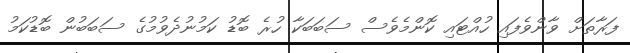
ފަރާތަށް ވާންވެފައި ހުއްޓައި ކޮންމެވެސް ސަބަބަކާ ހުރެ ބޮޑު ކަމުނުދެވުމުގެ ސަބަބުން ބޮޑުކަމު